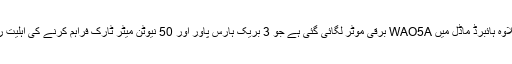
اس کے علاوہ ہائبرڈ ماڈل میں WAO5A برقی موٹر لگائی گئی ہے جو 3 بریک ہارس پاور اور 50 نیوٹن میٹر ٹارک فراہم کرنے کی اہلیت رکھتی ہے۔